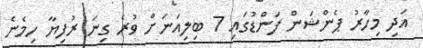
އަދި މިހާރު ޕެންޝަން ފަންޑުގައި 7 ބިލިއަނަށް ވުރެ ގިނަ ރުފިޔާ ހިމެނެ